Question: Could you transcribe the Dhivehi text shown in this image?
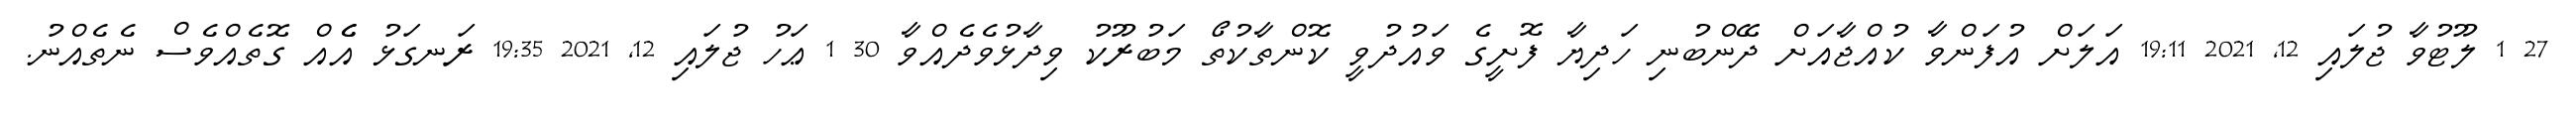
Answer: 27 1 ލޫޓުވާ ޖުލައި 12, 2021 19:11 އަލަށް އުފަންވާ ކުއްޖާއަށް ދޭންބުނި ހަދިޔާ ފޮށީގެ ވައުދުވީ ކޮންތާކުތޯ މަބުރޫކު ވިދާޅުވެދެއްވާ 30 1 ޢަހު ޖުލައި 12, 2021 19:35 ރަނގަޅު އެެއް ގޮތެއްވެސް ނެތެއްނު.